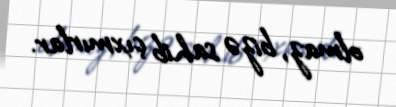
olmaz, bizə sahib çıxmırlar.